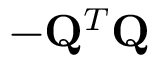
- \mathbf { Q } ^ { T } \mathbf { Q }